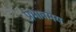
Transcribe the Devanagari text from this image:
प्रभावमय